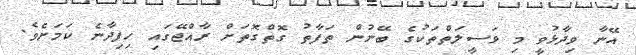
އޭނާ ވިދާޅުވީ މި ވަސީލަތްތަކުގެ ބޭނުން ތަފާތު ގޮތްގޮތަށް ރާއްޖޭގައި ހިފިދާނެ ކަމަށެވެ.